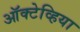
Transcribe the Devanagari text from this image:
ऑक्टेव्हिया